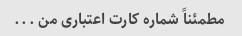
مطمئناً شماره کارت اعتباری من ...